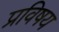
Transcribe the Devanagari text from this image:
प्रविषय